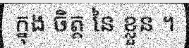
ក្នុង ចិត្ត នៃ ខ្លួន ។